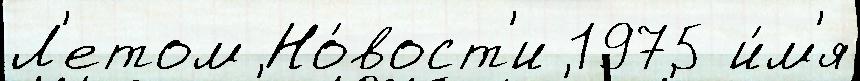
Л'етом Но́вост'и 1975 и́м'я